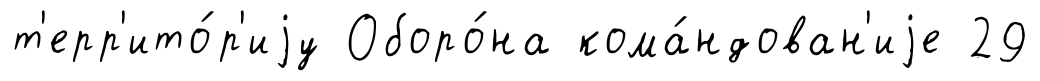
т'ерр'ито́р'иjу Оборо́на кома́ндован'иjе 29